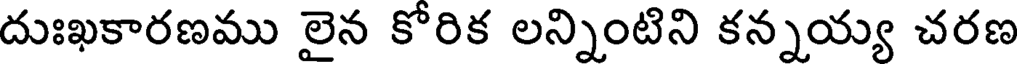
దుఃఖకారణము లైన కోరిక లన్నింటిని కన్నయ్య చరణ